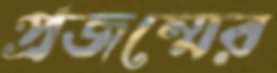
প্রজম্মের